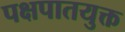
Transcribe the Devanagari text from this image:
पक्षपातयुक्त